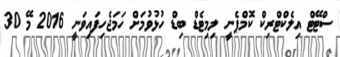
ސްޓޭޓް އިލެކްޓްރިކް ކޮމްޕެނީ ލިމިޓެޑް ބިޑް ހުޅުވުމަށް ހަމަޖެހިފައިވަނީ 2016 މޭ 30